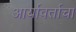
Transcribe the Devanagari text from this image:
आर्यावर्ताचा